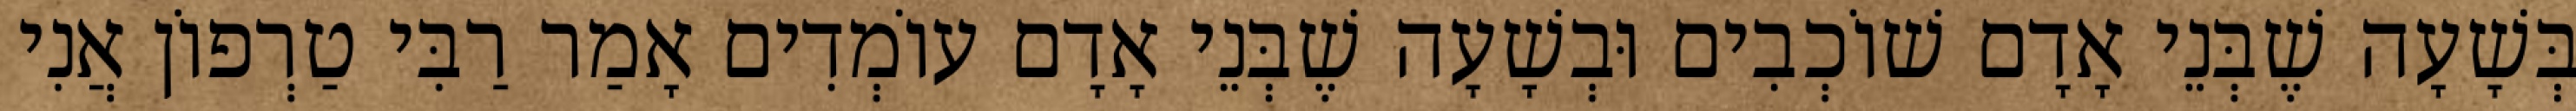
בְּשָׁעָה שֶׁבְּנֵי אָדָם שׁוֹכְבִים וּבְשָׁעָה שֶׁבְּנֵי אָדָם עוֹמְדִים אָמַר רַבִּי טַרְפוֹן אֲנִי